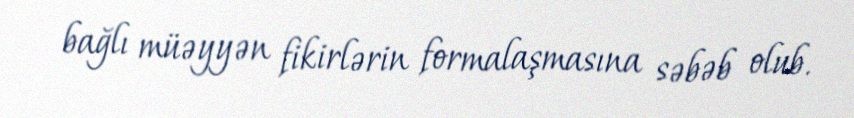
bağlı müəyyən fikirlərin formalaşmasına səbəb olub.